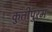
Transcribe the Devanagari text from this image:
कुतीपुरम